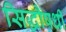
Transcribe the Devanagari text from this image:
सिद्धौषधी